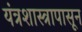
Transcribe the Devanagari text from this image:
यंत्रशास्त्रापासून